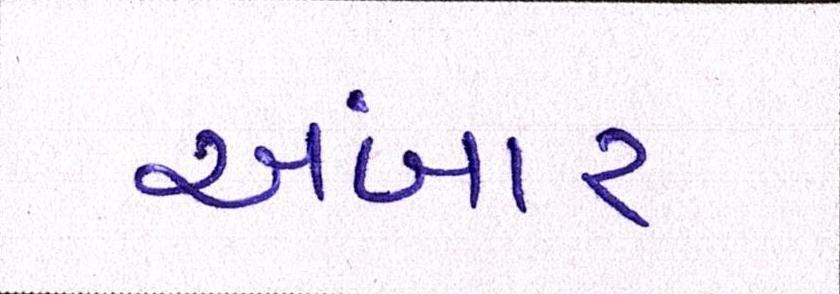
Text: અંબાર